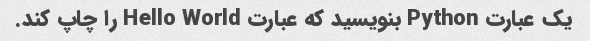
یک عبارت Python بنویسید که عبارت Hello World را چاپ کند.